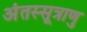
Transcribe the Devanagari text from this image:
अंतस्सूत्राणु